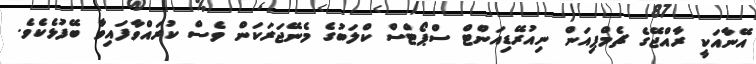
އޭނާއަކީ ރާއްޖޭގެ ޗެމްޕިއަން ނިއުރޭޑިއަންޓް ސްޕޯޓްސް ކްލަބުގެ މެނޭޖަރަކަން ވެސް ކުރައްވާފައިވާ ބޭފުޅެކެވެ.